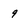
Character: 9